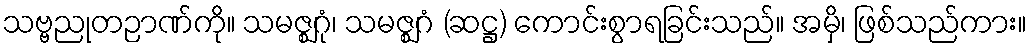
သဗ္ဗညုတဉာဏ်ကို။ သမဇ္ဈဂုံ၊ သမဇ္ဈဂံ (ဆဋ္ဌ) ကောင်းစွာရခြင်းသည်။ အမှိ၊ ဖြစ်သည်ကား။